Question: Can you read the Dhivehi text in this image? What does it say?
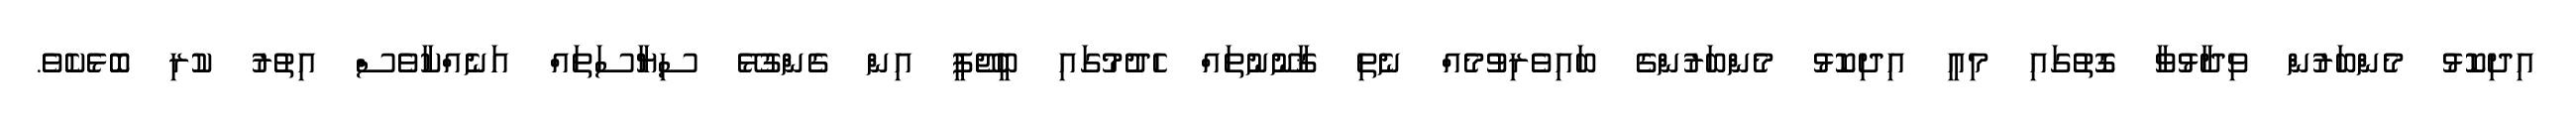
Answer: އިދިކޮޅު މެންބަރުން ވިދާޅުވާ ގޮތުގައި މިއީ އިދިކޮޅު މެންބަރުންގެ ބައިވެރިވުމެއް ނެތި ޤާނޫނުތައް ހެދުމުގައި ބީޖޭޕީ އިން ގެންގުޅޭ ސިޔާސަތައް އަނެއްކާވެސް އިތުރު ކުރި ބޮޅެކެވެ.